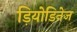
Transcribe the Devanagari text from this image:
ड़ियोडिनेज